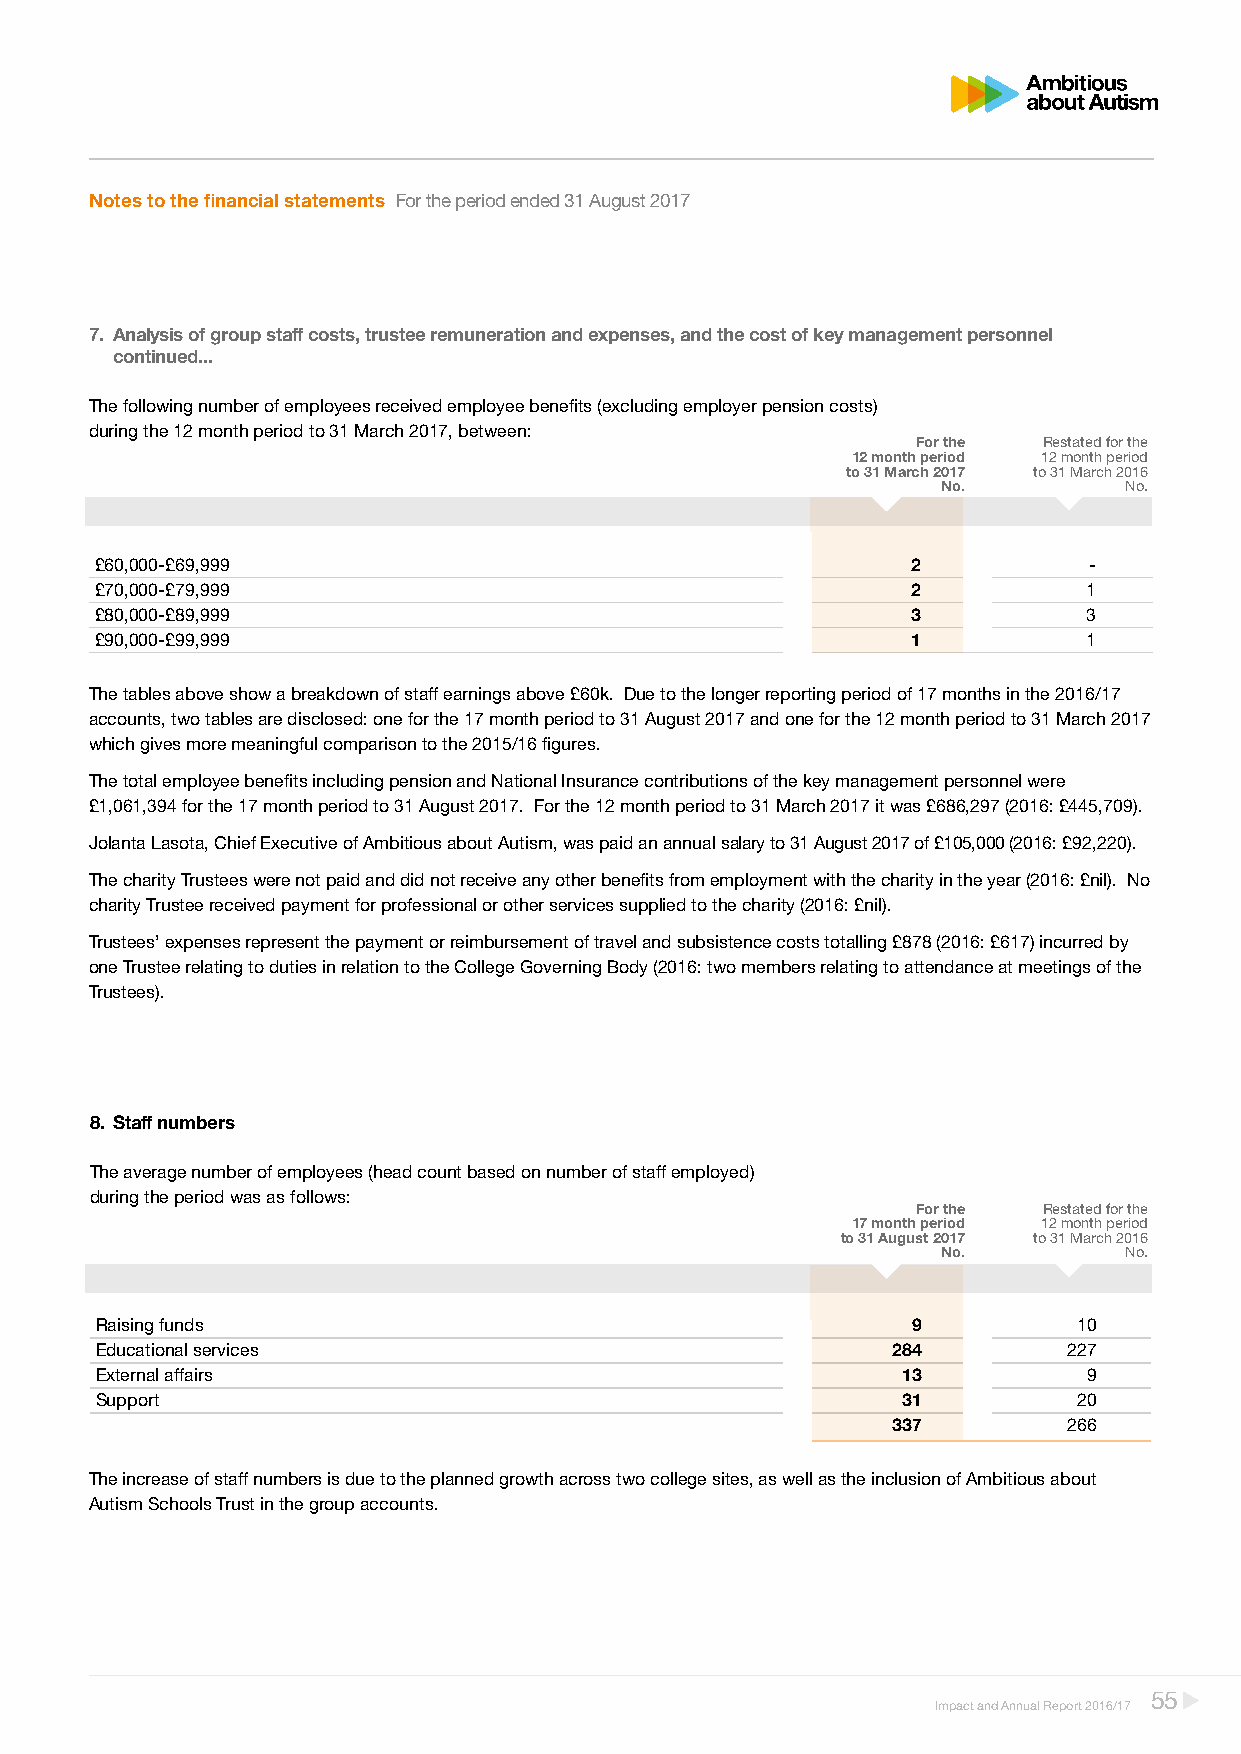
Notes to the financial statements For the period ended 31 August 2017
 7. Analysis of group staff costs, trustee remuneration and expenses, and the cost of key management personnel
 continued...
 The following number of employees received employee benefits (excluding employer pension costs)
 during the 12 month period to 31 March 2017, between:
 For the Restated for the
 12 month period 12 month period
 to 31 March 2017 to 31 March 2016
 No.         No.
 £60,000-£69,999                                       2           -
 £70,000-£79,999                                       2           1
 £80,000-£89,999                                       3           3
 £90,000-£99,999                                       1           1
 The tables above show a breakdown of staff earnings above £60k. Due to the longer reporting period of 17 months in the 2016/17
 accounts, two tables are disclosed: one for the 17 month period to 31 August 2017 and one for the 12 month period to 31 March 2017
 which gives more meaningful comparison to the 2015/16 figures.
 The total employee benefits including pension and National Insurance contributions of the key management personnel were
 £1,061,394 for the 17 month period to 31 August 2017. For the 12 month period to 31 March 2017 it was £686,297 (2016: £445,709).
 Jolanta Lasota, Chief Executive of Ambitious about Autism, was paid an annual salary to 31 August 2017 of £105,000 (2016: £92,220).
 The charity Trustees were not paid and did not receive any other benefits from employment with the charity in the year (2016: £nil). No
 charity Trustee received payment for professional or other services supplied to the charity (2016: £nil).
 Trustees’ expenses represent the payment or reimbursement of travel and subsistence costs totalling £878 (2016: £617) incurred by
 one Trustee relating to duties in relation to the College Governing Body (2016: two members relating to attendance at meetings of the
 Trustees).
 8. Staff numbers
 The average number of employees (head count based on number of staff employed)
 during the period was as follows:
 For the Restated for the
 17 month period 12 month period
 to 31 August 2017 to 31 March 2016
 No.         No.
 Raising funds                                         9          10
 Educational services                                 284         227
 External affairs                                      13          9
 Support                                               31         20
 337         266
 The increase of staff numbers is due to the planned growth across two college sites, as well as the inclusion of Ambitious about
 Autism Schools Trust in the group accounts.
 55
 Impact and Annual Report 2016/17